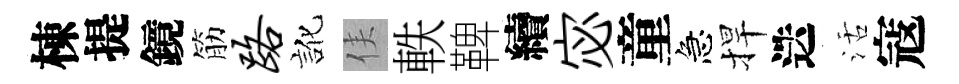
棟提鏡筋路訛侯軼鞞續宓童急捍迭活寇